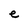
Character: e